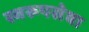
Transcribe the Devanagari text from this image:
स्वरूपसेवा